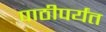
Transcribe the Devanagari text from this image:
पाठीपर्यंत